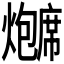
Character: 𬋗